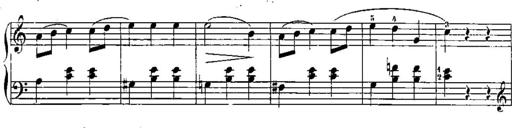
Title: Trois sonatines
Composer: Maurice Emmanuel